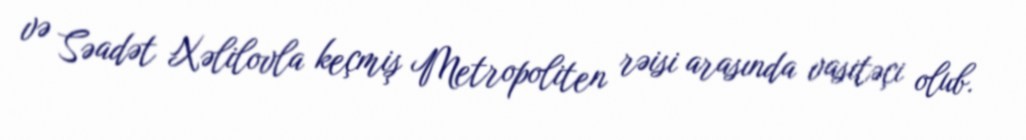
və Səadət Xəlilovla keçmiş Metropoliten rəisi arasında vasitəçi olub.